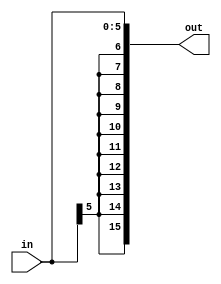
module sign_extend(input [5:0]in, output [15:0]out);

    assign out[5:0] = in[5:0];
    assign out[15:6] = {10 {in[5]}};

endmodule